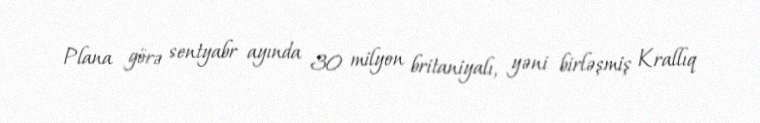
Plana görə sentyabr ayında 30 milyon britaniyalı, yəni birləşmiş Krallıq